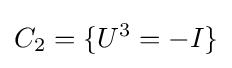
C_{2}=\{U^{3}=-I\}